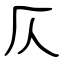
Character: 仄